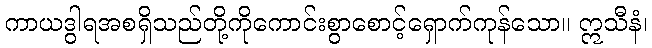
ကာယဒွါရအစရှိသည်တို့ကိုကောင်းစွာစောင့်ရှောက်ကုန်သော။ ဣသီနံ၊